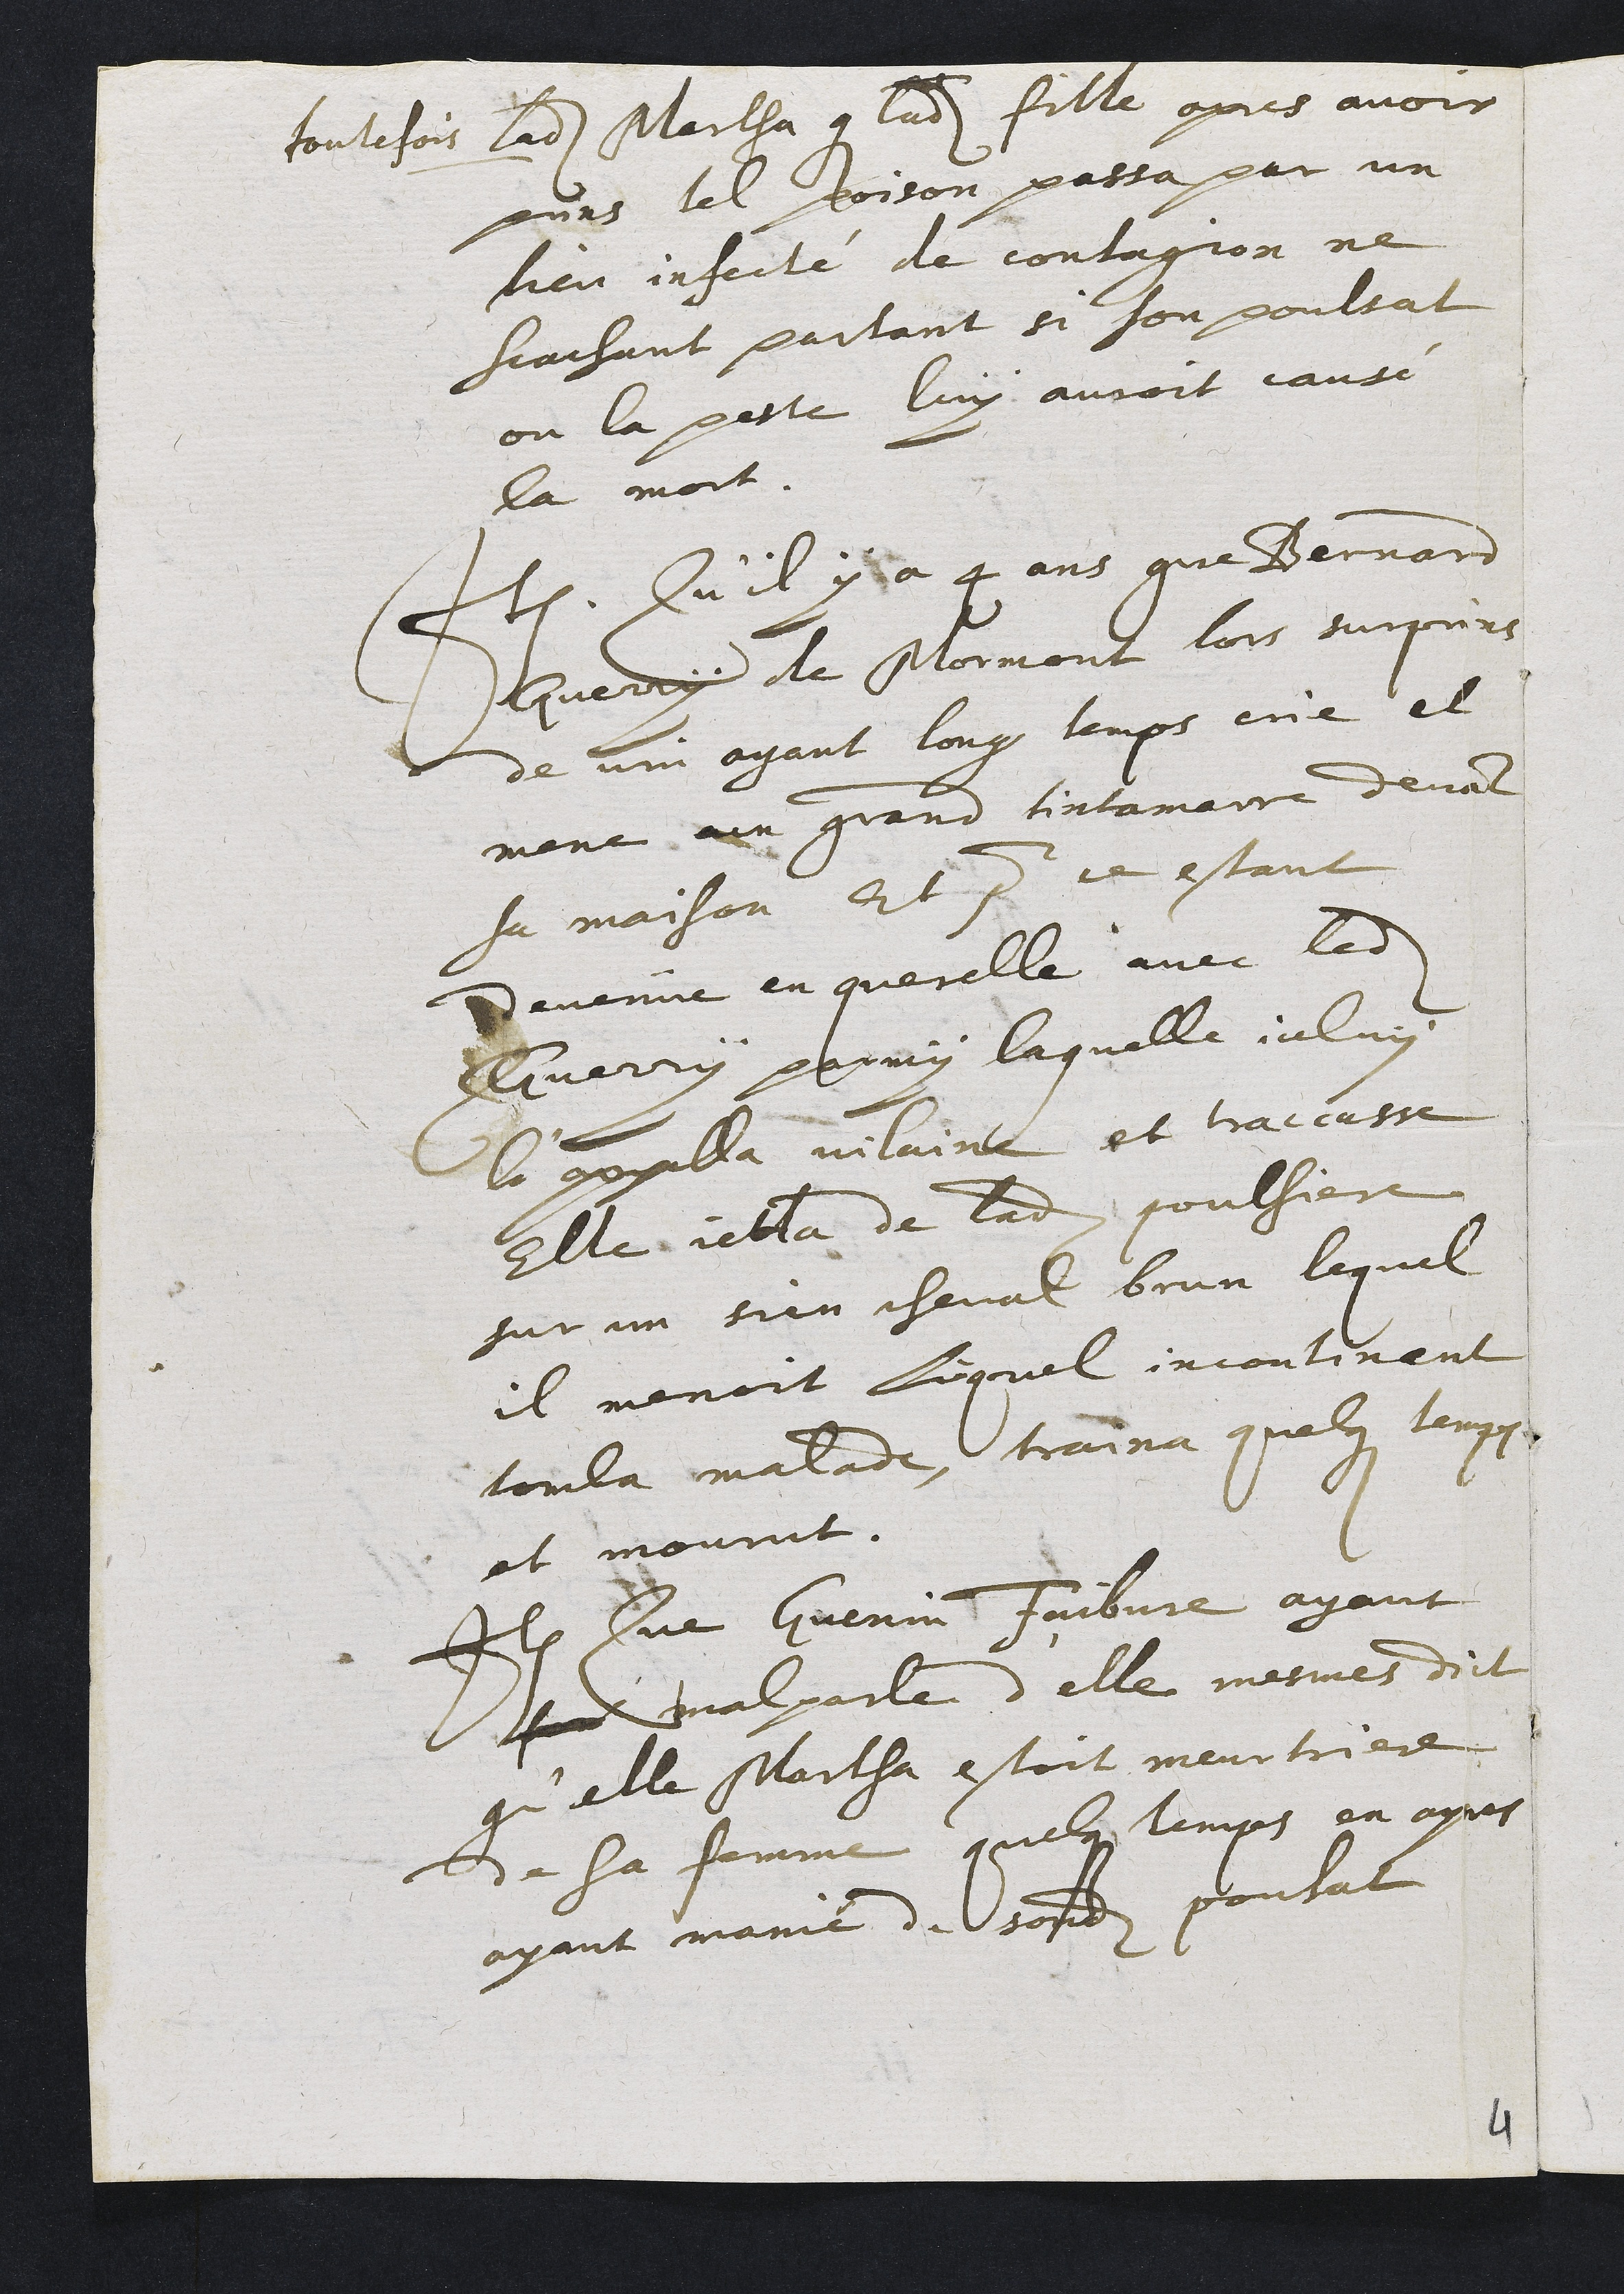
toutefois ladite Martha que ladite fille apres avoir
puns tel poison passa par un
lieu infecté de contagion ne
scachant partant si son poulsat
ou la peste luy auroit cause
la mort.
Item Qu'il y a 4 ans que Bernant
Gueroy de Mormont lors surpuins
de vin ayant long temps ence et
mené un grand tintamaire devant
sa maison Et pour ce estant
devenue en querelle avec ledit
Guerry parmy laquelle iceluy
la appalla vilaine et traccasse
Elle jetta de ladite poulsiere
sur un sien cheval brun lequel
il menoit lequel incontinent
toula malades traina quelque tempoes
et mourut.
Item Que Guenin Faibvre ayant
soit malparde d'elle mesmes dict
qu'elle Martha estoit meurtriere.
de sa femme quelqus temps en apres
ayant manié de sondit pousat